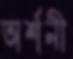
অর্শনী